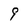
Character: 9